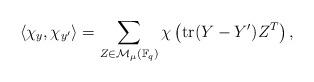
LaTeX: \begin{align*}\langle \chi_y, \chi_{y'} \rangle = \sum_{Z \in \mathcal{M}_\mu(\mathbb{F}_q)}\chi\left(\mathrm{tr} (Y-Y')Z^T \right),\end{align*}